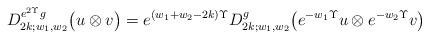
LaTeX: \begin{align*} D_{2k;w_1,w_2}^{e^{2\Upsilon}g} \bigl( u \otimes v \bigr) = e^{(w_1+w_2-2k)\Upsilon} D_{2k;w_1,w_2}^{g} \bigl( e^{-w_1\Upsilon}u \otimes e^{-w_2\Upsilon}v \bigr) \end{align*}